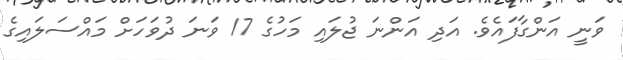
ވަނީ އަންގާފައެވެ. އަދި އަންނަ ޖުލައި މަހުގެ 17 ވަނަ ދުވަހަށް މައްސަލައިގެ